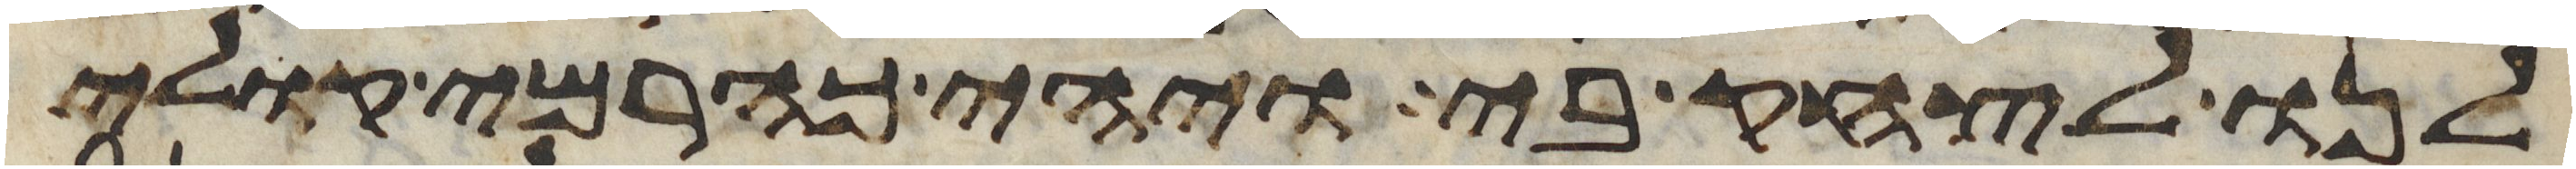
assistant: לנו לצחק בי ויהי כהרמי קולי